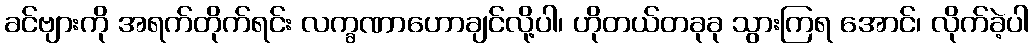
ခင်ဗျားကို အရက်တိုက်ရင်း လက္ခဏာဟောချင်လို့ပါ၊ ဟိုတယ်တခုခု သွားကြရ အောင်၊ လိုက်ခဲ့ပါ